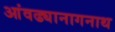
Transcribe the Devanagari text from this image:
आंवढ्यानागनाथ